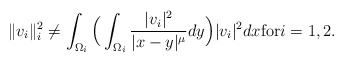
\begin{align*} \|v_i\|_i^{2}\not= \int_{\Omega_i}\Big(\int_{\Omega_i} \frac{ |v_i|^2}{|x-y|^{\mu}}dy\Big)|v_i|^{2}dx \mbox{for} i=1,2.\end{align*}